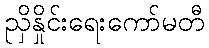
ညှိနှိုင်းရေးကော်မတီ